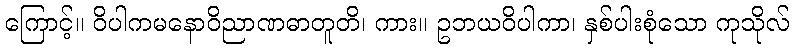
ကြောင့်။ ဝိပါကမနောဝိညာဏဓာတူတိ၊ ကား။ ဥဘယဝိပါကာ၊ နှစ်ပါးစုံသော ကုသိုလ်